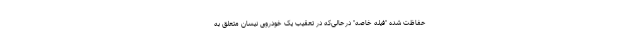
حفاظت شده "فیله خاصه" درحالی‌که در تعقیب یک خودروی نیسان متعلق به